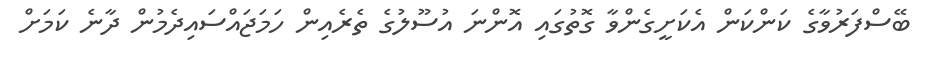
ބޭސްފަރުވާގެ ކަންކަން އެކަށީގެންވާ ގޮތުގައި އޮންނަ އުސޫލުގެ ތެރެއިން ހަމަޖައްސައިދެމުން ދާނެ ކަމަށް